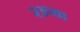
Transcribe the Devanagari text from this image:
२३च्या